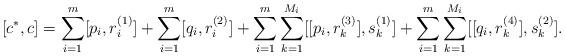
LaTeX: \begin{align*}[c^*,c]=\sum_{i=1}^m[p_i,r_i^{(1)}]+\sum_{i=1}^m[q_i,r_i^{(2)}]+\sum_{i=1}^m\sum_{k=1}^{M_{i}}[[p_i,r_k^{(3)}],s_k^{(1)}]+\sum_{i=1}^m\sum_{k=1}^{M_{i}}[[q_i,r_k^{(4)}],s_k^{(2)}].\end{align*}